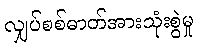
လျှပ်စစ်ဓာတ်အားသုံးစွဲမှု